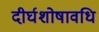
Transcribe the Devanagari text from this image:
दीर्घशोषावधि